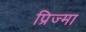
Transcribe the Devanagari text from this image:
प्रिज्मा